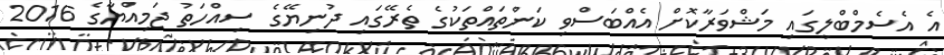
އެ އެސެމްބްލީގައި މަޝްވަރާކޮށް އެއްބަސްވި ކަންތައްތަކުގެ ތެރޭގައި ދުނިޔޭގެ ސިއްހަތު ޖަމިއްޔާގެ 2016